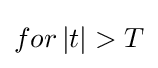
for\left\vert t\right\vert >T